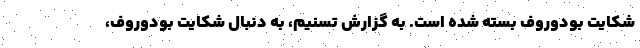
شکایت بودوروف بسته شده است. به گزارش تسنیم، به دنبال شکایت بودوروف،